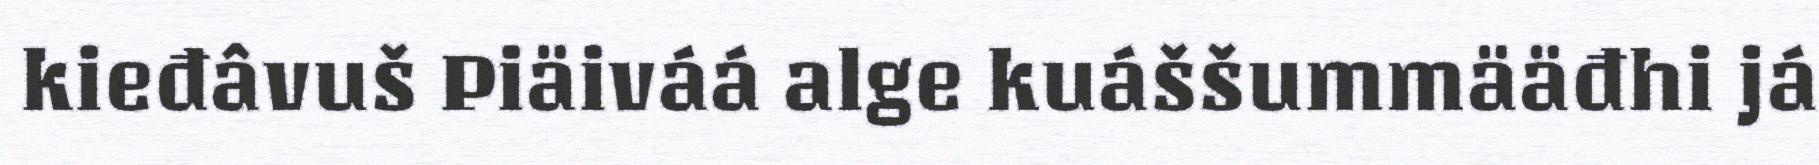
kieđâvuš Piäiváá alge kuáššummääđhi já